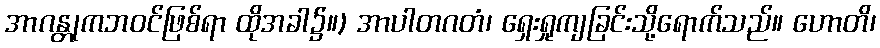
အာဂန္တုကဘဝင်ဖြစ်ရာ ထိုအခါ၌။) အာပါတဂတံ၊ ရှေးရှုကျခြင်းသို့ရောက်သည်။ ဟောတိ၊